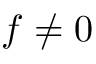
f \neq 0